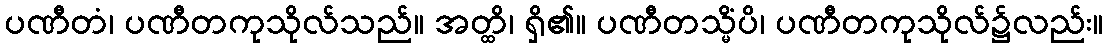
ပဏီတံ၊ ပဏီတကုသိုလ်သည်။ အတ္ထိ၊ ရှိ၏။ ပဏီတသ္မိံပိ၊ ပဏီတကုသိုလ်၌လည်း။